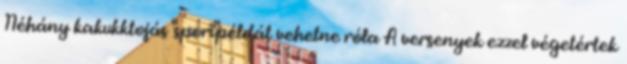
Néhány kakukktojás "spori"példát vehetne róla A versenyek ezzel végetértek